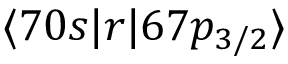
\langle 7 0 s | r | 6 7 p _ { 3 / 2 } \rangle